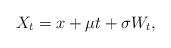
LaTeX: \begin{align*}X_t = x + \mu t + \sigma W_t,\end{align*}